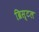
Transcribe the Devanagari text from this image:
ब्रिस्‍टल